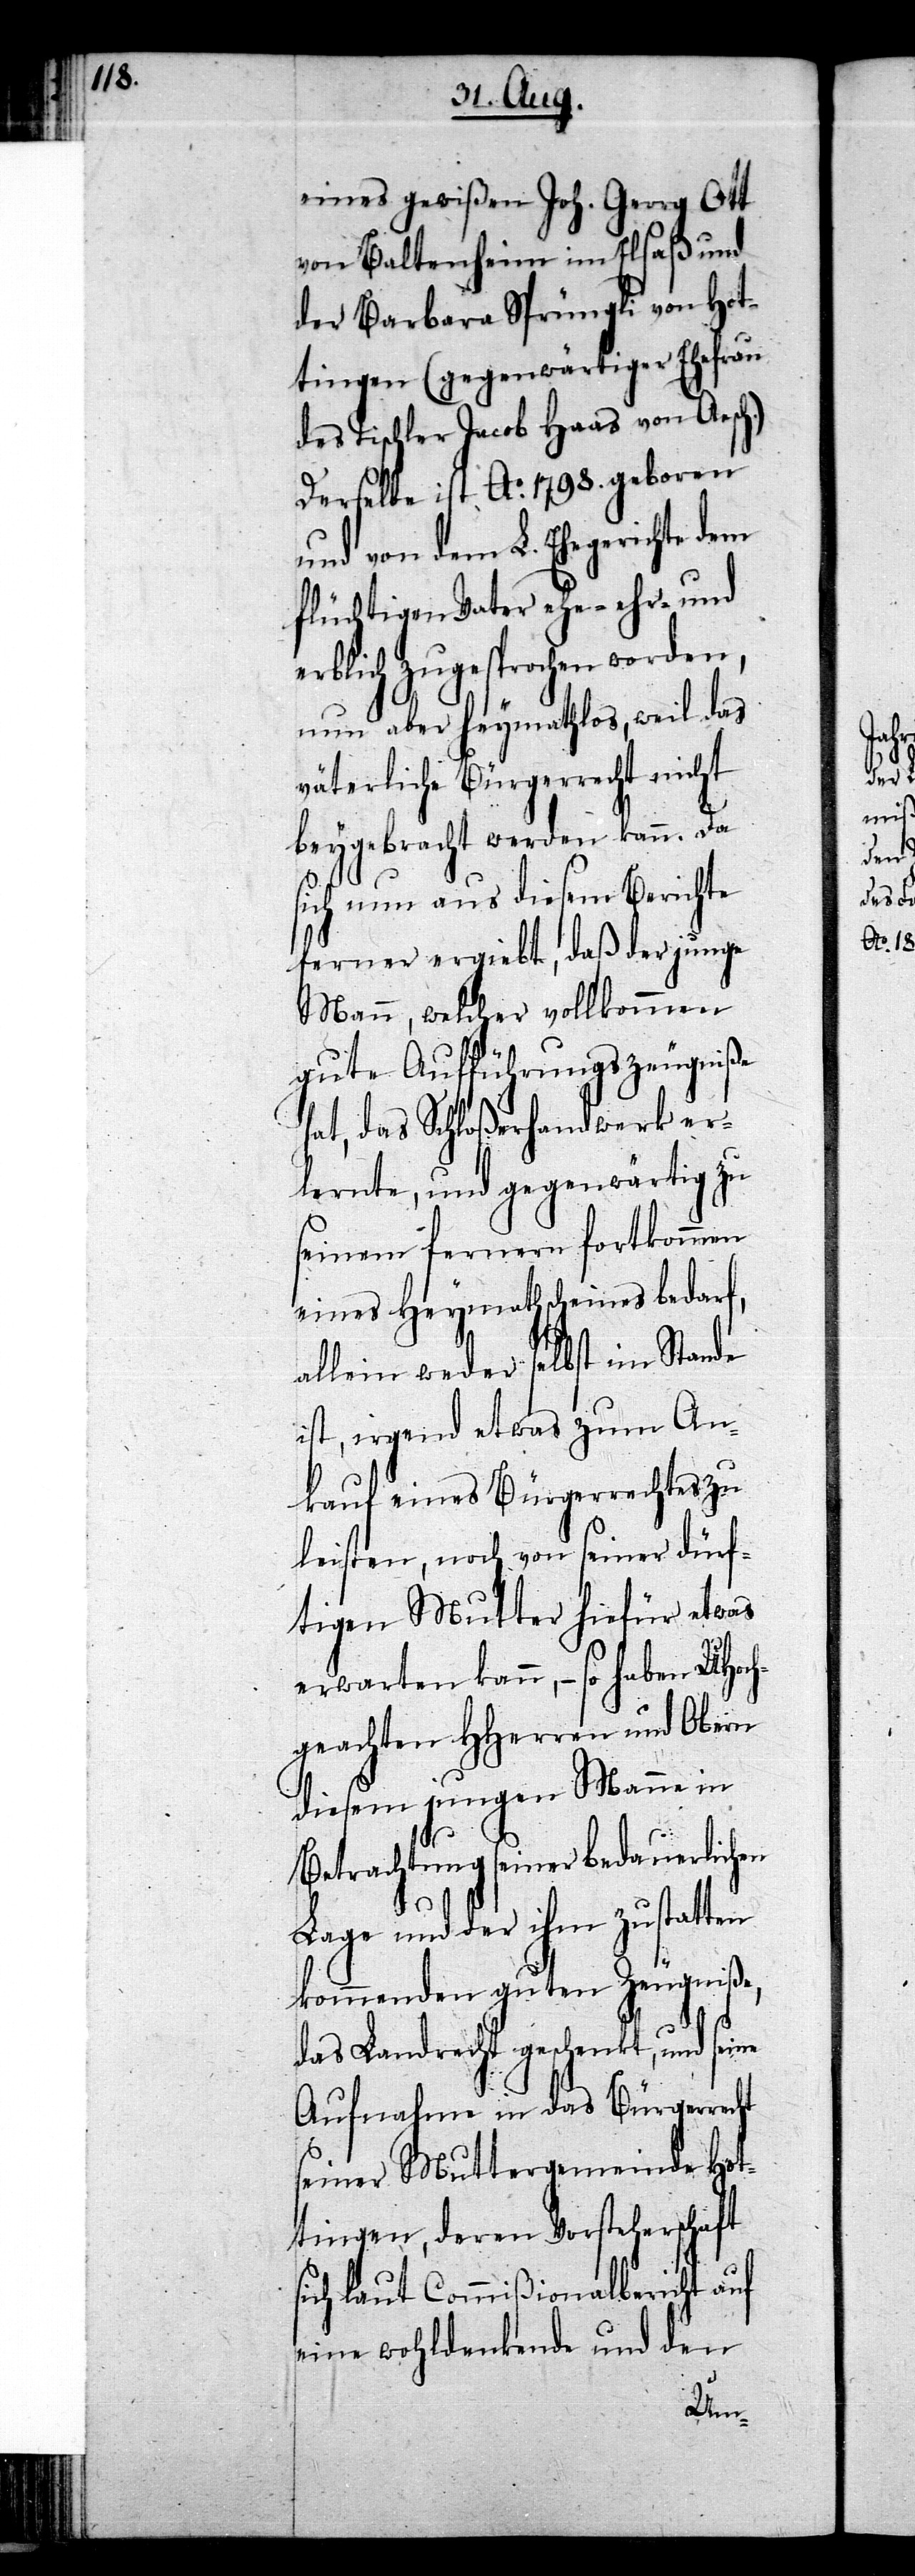
eines gewißen Joh. Georg Ott
von Baltenheim im Elsaß und
der Barbara Sprüngli von Hot¬
tingen (gegenwärtiger Ehefrau
des Tischler Jacob Haas von Aesc¬
Derselbe ist Ao. 1798. geboren
und von dem L. Ehegerichte dem
flüchtigen Vater ehe- ehr- und
rblich zugesprochen worden,
nun aber heymathlos, weil das
väterliche Bürgerrecht nicht
s¬
beygebracht werden kann. Da
sich nun aus diesem Berichte
ferner ergiebt, daß der junge
Mann, welcher vollkommen
gute Aufführungszeugniße
hat, das Schloßerhandwerk er¬
lernte, und gegenwärtig zu
seinem fernern fortkommen
eines Heymathscheines bedarf,
allein weder selbst im Stande
ist, irgend etwas zum An¬
kauf eines Bürgerrechtes zu
leisten, noch von seiner dürf¬
tigen Mutter hiefür etwas
erwarten kann, – so haben UHoch¬
geachten HHerren und Obern
diesem jungen Manne in
Betrachtung seiner bedauerlichen
Lage und der ihm zustatten
kommenden guten Zeugniße,
das Landrecht geschenkt, und seine
Aufnahme in das Bürgerrecht
seiner Muttergemeinde Hot¬
tingen, deren Vorsteherschaft
ich laut Commißionalbericht auf
eine wohldenkende und den